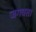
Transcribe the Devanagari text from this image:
जगवता